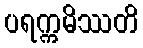
ပရက္ကမိဿတိ